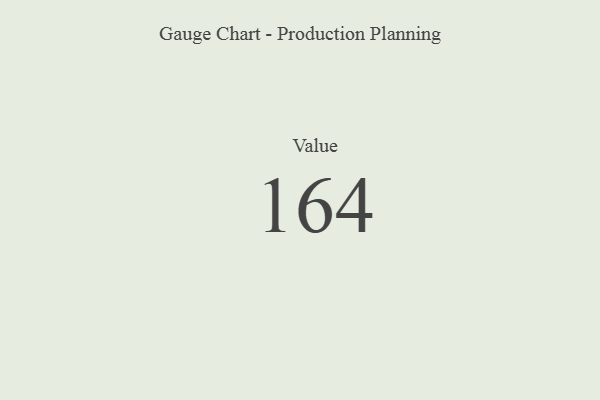
{"axis": {"x": "Metric", "y": "Value"}, "legend": [""], "data": [{"x": "Value", "y": 164, "type": ""}]}